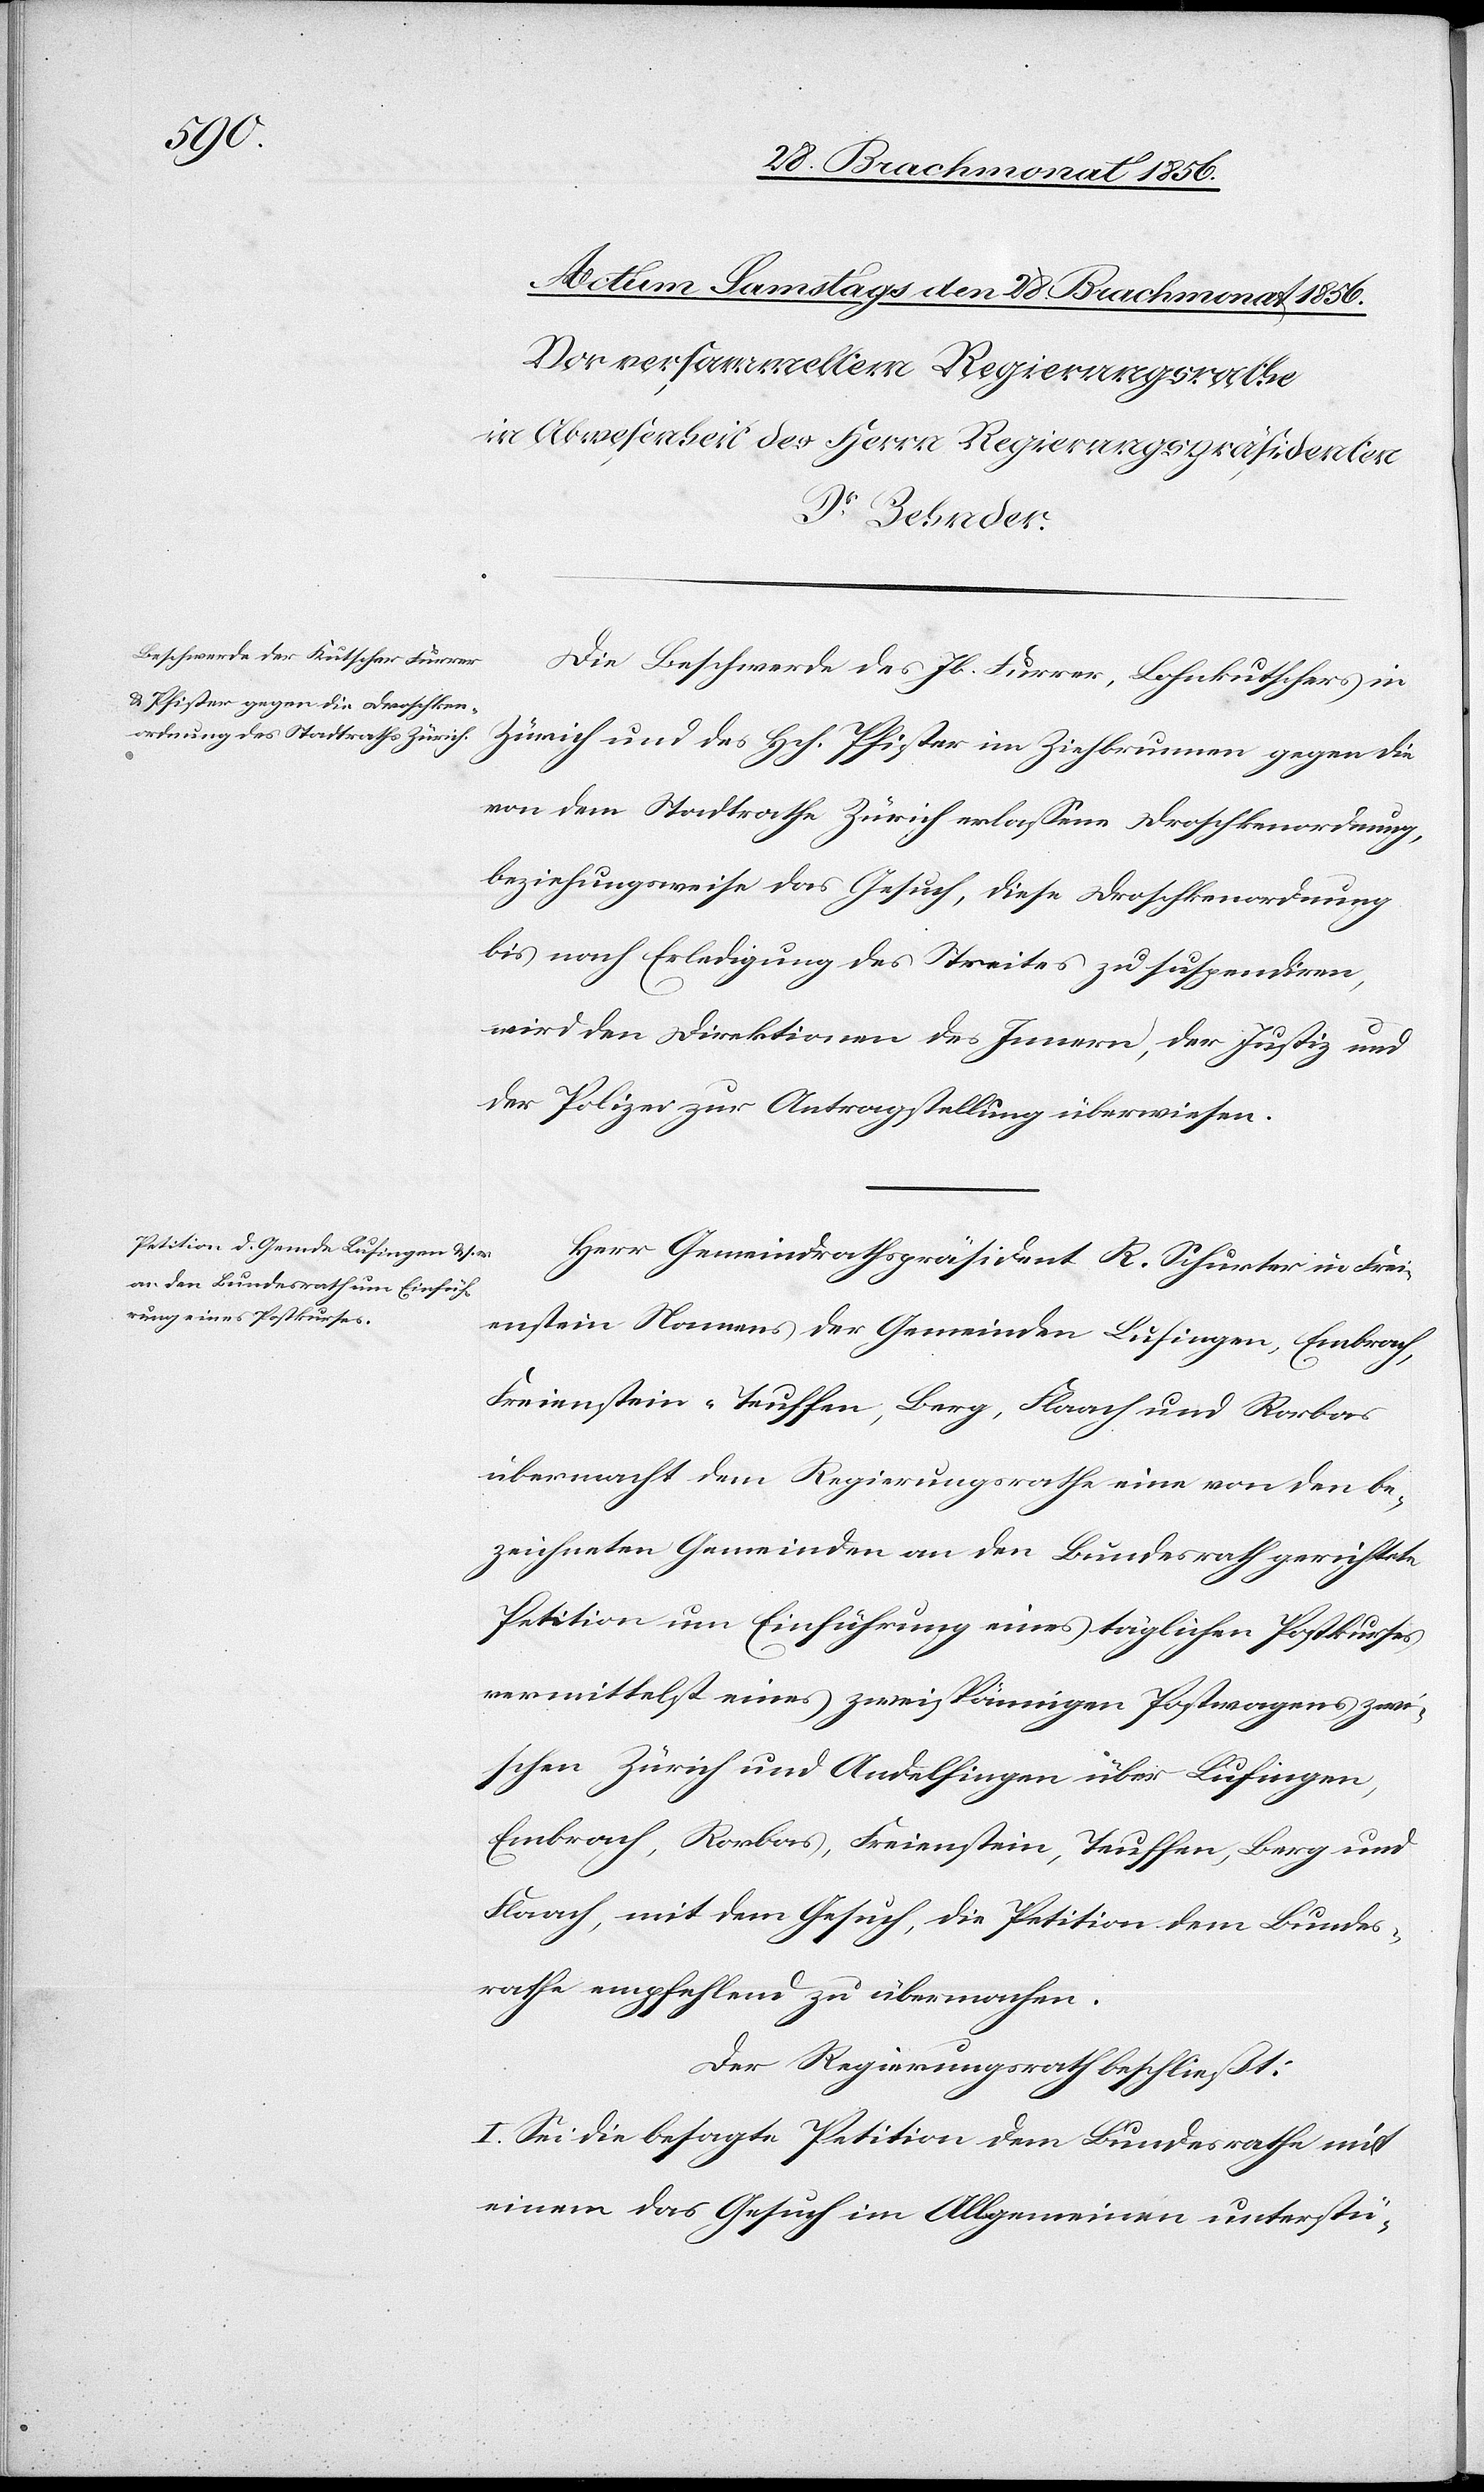
Die Beschwerde des Jb. Furrer, Lohnkutschers in
Zürich und des Hch. Pfister im Ziehbrunnen gegen die
von dem Stadtrathe Zürich erlassene Droschkenordnung,
beziehungsweise das Gesuch, diese Droschkenordnung
bis nach Erledigung des Streites zu suspendiren,
wird den Direktionen des Innern, der Justiz und
der Polizei zur Antragstellung überwiesen.
Herr Gemeindrathspräsident R. Schurter in Frei¬
enstein Namens der Gemeinden Lufingen, Embrach,
Freienstein-Teuffen, Berg, Flaach und Rorbas
übermacht dem Regierungsrathe eine von den be¬
zeichneten Gemeinden an den Bundesrath gerichtete
Petition um Einführung eines täglichen Postkurses
vermittelst eines zweispännigen Postwagens zwi¬
schen Zürich und Andelfingen über Lufingen,
Embrach, Rorbas, Freienstein, Teuffen, Berg und
Flaach, mit dem Gesuch, die Petition dem Bundes¬
rathe empfehlend zu übermachen.
Der Regierungsrath beschließt:
I. Sei die besagte Petition dem Bundesrathe mit
einem das Gesuch im Allgemeinen unterstü-